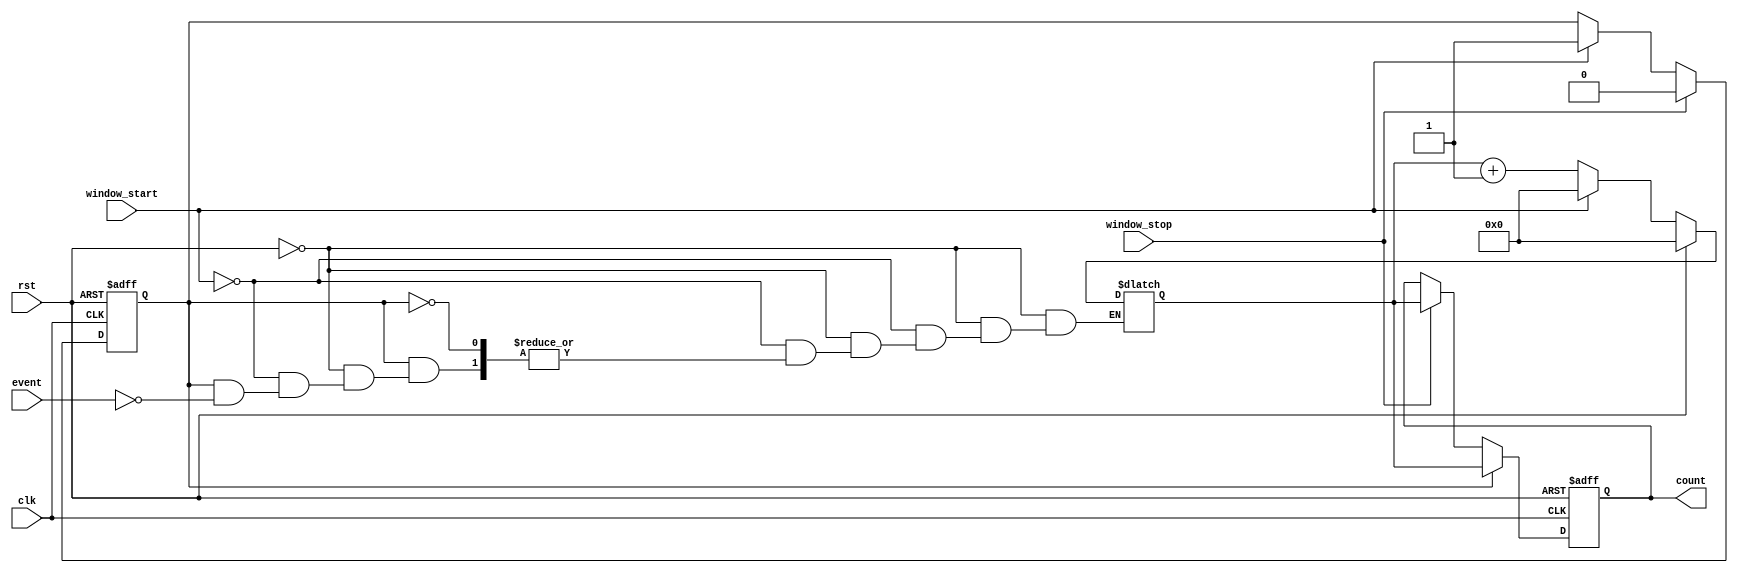
module windowed_counter #(
    parameter WIDTH = 8 // Adjustable width for the count
)(
    input wire clk,                // Clock input
    input wire rst,                // Asynchronous reset signal
    input wire event,              // Event input for counting (rising edge)
    input wire window_start,       // Signal to start the counting window
    input wire window_stop,        // Signal to stop the counting window
    output reg [WIDTH-1:0] count   // Count output
);

    reg counting;                  // State to indicate if counting is active
    reg [WIDTH-1:0] count_temp;    // Temporary count register

    // Asynchronous reset for initial condition
    always @(*) begin
        if (rst) begin
            count_temp = 0;       // Clear count on reset
        end else if (window_start) begin
            count_temp = 0;       // Reset the temp count on window start
        end else if (counting) begin
            if (event) begin
                count_temp = count_temp + 1; // Increment count on event
            end
        end
    end

    // State management and counting logic
    always @(posedge clk or posedge rst) begin
        if (rst) begin
            count <= 0;           // Clear count on reset
            counting <= 0;        // Reset counting state
        end else begin
            if (window_start) begin
                counting <= 1;     // Start counting
            end
            if (window_stop) begin
                counting <= 0;     // Stop counting and hold value
                count <= count_temp; // Latch current count value
            end
            if (counting) begin
                count <= count_temp; // Update output during counting
            end
        end
    end
endmodule